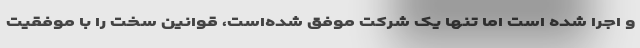
و اجرا شده است اما تنها یک شرکت موفق شده‌است، قوانین سخت را با موفقیت